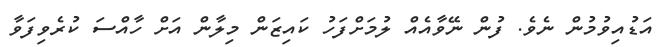
އަޑުއިވުމުން ނެވެ. ފުން ނޭވާއެއް ލުމަށްފަހު ކައިޒަން މިލާން އަށް ހާއްސަ ކުރެވިފަވާ